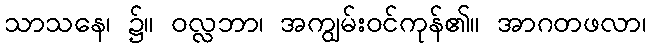
သာသနေ၊ ၌။ ဝလ္လဘာ၊ အကျွမ်းဝင်ကုန်၏။ အာဂတဖလာ၊